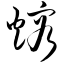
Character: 熔